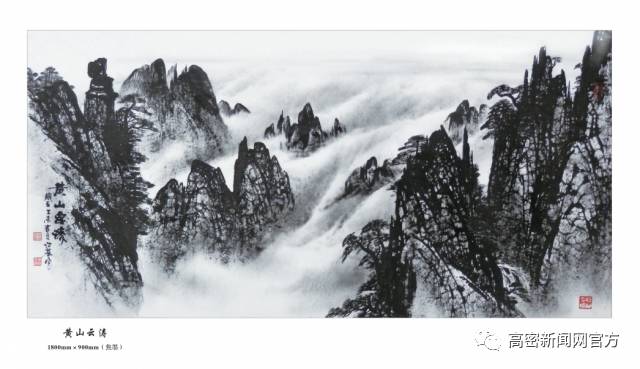
万里婵娟，几许雾屏云幔。